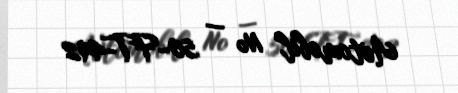
Avtomobil № — 50-FT-492